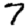
Digit: 7